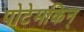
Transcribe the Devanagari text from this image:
पोटेमकिन्